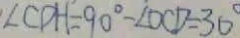
\angle C D H = 9 0 ^ { \circ } - \angle O C D = 3 0 ^ { \circ }